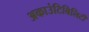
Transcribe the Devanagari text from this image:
अकाउंटिविलिटी